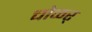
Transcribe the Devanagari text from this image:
चोळर्